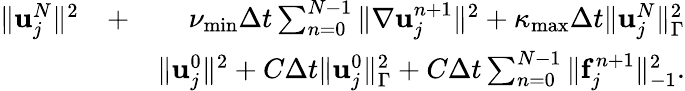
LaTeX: \begin{array}{rlr}{\| {\mathbf u}_{j}^{N}\| ^{2}}&{+}&{\nu_{\operatorname*{min}}\Delta t\sum_{n=0}^{N-1}\| \nabla{\mathbf u}_{j}^{n+1}\| ^{2}+\kappa_{\operatorname*{max}}\Delta t\| {\mathbf u}_{j}^{N}\| _{\Gamma}^{2}}\\ &{}&{\le\| {\mathbf u}_{j}^{0}\| ^{2}+C\Delta t\| {\mathbf u}_{j}^{0}\| _{\Gamma}^{2}+C\Delta t\sum_{n=0}^{N-1}\| {\mathbf f}_{j}^{n+1}\| _{-1}^{2}.}\end{array}